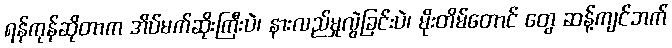
ရန်ကုန်ဆိုတာက အိပ်မက်ဆိုးကြီးပဲ၊ နားလည်မှုလွဲခြင်းပဲ၊ မိုးတိမ်တောင် တွေ ဆန့်ကျင်ဘက်